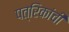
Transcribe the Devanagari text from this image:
पत्रिकांची